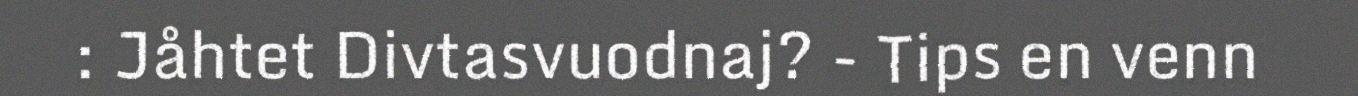
: Jåhtet Divtasvuodnaj? - Tips en venn